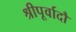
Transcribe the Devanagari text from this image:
श्रीपूर्वादौ